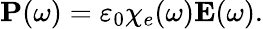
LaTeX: \mathbf{P}(\omega)=\varepsilon_{0}\chi_{e}(\omega)\mathbf{E}(\omega).